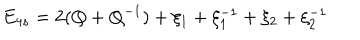
E _ { 4 s } = 2 ( Q + Q ^ { - 1 } ) + \xi _ { 1 } + \xi _ { 1 } ^ { - 1 } + \xi _ { 2 } + \xi _ { 2 } ^ { - 1 }